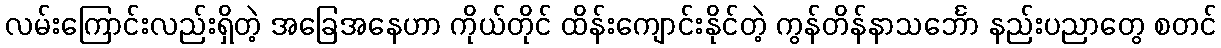
လမ်းကြောင်းလည်းရှိတဲ့ အခြေအနေဟာ ကိုယ်တိုင် ထိန်းကျောင်းနိုင်တဲ့ ကွန်တိန်နာသင်္ဘော နည်းပညာတွေ စတင်